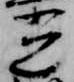
光